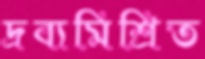
দ্রব্যমিশ্রিত